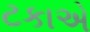
ટકાએ